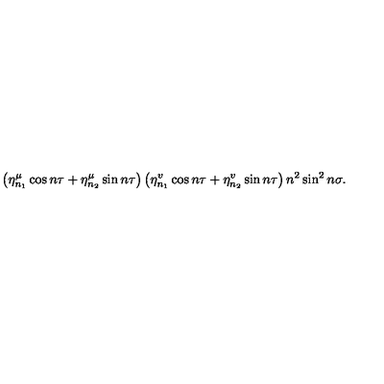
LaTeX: \left( \eta _ { n _ { 1 } } ^ { \mu } \cos n \tau + \eta _ { n _ { 2 } } ^ { \mu } \sin n \tau \right) \left( \eta _ { n _ { 1 } } ^ { v } \cos n \tau + \eta _ { n _ { 2 } } ^ { v } \sin n \tau \right) n ^ { 2 } \sin ^ { 2 } n \sigma .